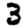
Digit: 3